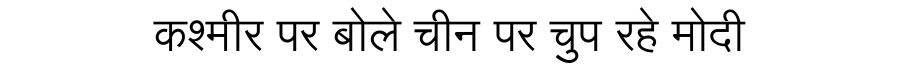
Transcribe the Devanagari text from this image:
कश्मीर पर बोले चीन पर चुप रहे मोदी